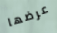
عرضها